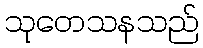
သုတေသနသည်